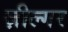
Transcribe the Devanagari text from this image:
ज़ील्‍गर